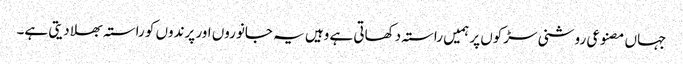
جہاں مصنوعی روشنی سڑکوں پر ہمیں راستہ دکھاتی ہے وہیں یہ جانوروں اور پرندوں کو راستہ بھلا دیتی ہے۔